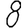
Digit: 8